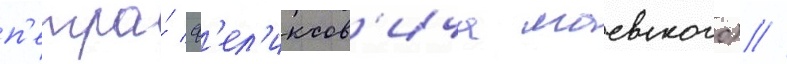
п'етра́ ф'ел'иксов'ича маевского) //